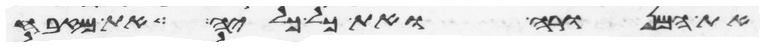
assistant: את המנורה ואת כל כליה את מזבח